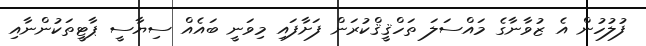
ފުލުހުން އެ ޒުވާނާގެ މައްސަލަ ތަހްޤީޤްކުރަން ފަށާފައި މިވަނީ ބައެއް ސިޔާސީ ޕާޓީތަކުންނާއި